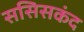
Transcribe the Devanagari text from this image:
ससिसकंद